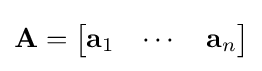
\mathbf {A} ={\begin{bmatrix}\mathbf {a} _{1}&\cdots &\mathbf {a} _{n}\end{bmatrix}}